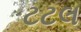
ટટલ